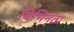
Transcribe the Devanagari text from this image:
विभिन्ंता